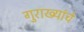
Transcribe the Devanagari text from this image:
गुराख्यांचे